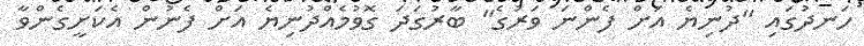
ހަނދުގައި "ދުނިޔެ އަށް ފެންނަ ވަރުގެ" ބާރުގަދަ ގޮވުމެއްދުނިޔެ އަށް ފެނުން އެކަށީގެންވާ